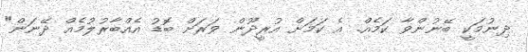
ދިނުމަކީ ބޭނުންވާ ކަމެއް. އެ ކަމަށް އުރީދޫން ވަރަށް ބޮޑު އެއްބާރުލުމެއް ދޭނަން"